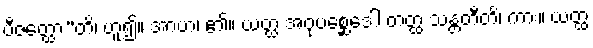
ဗီဇတ္ထော”တိ၊ ဟူ၍။ အာဟ၊ ၏။ ယတ္ထ အဝုပစ္ဆေဒေါ တတ္ထ သန္တတီတိ၊ ကား။ ယတ္ထ